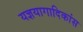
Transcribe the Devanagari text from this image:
यज्ञयागादिकांस